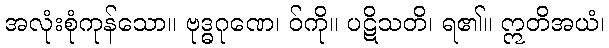
အလုံးစုံကုန်သော။ ဗုဒ္ဓဂုဏေ၊ ဝ်ကို။ ပဋိသတိ၊ ရ၏။ ဣတိအယံ၊